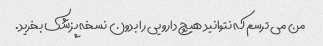
من می ترسم که نتوانید هیچ دارویی را بدون نسخه پزشک بخرید.